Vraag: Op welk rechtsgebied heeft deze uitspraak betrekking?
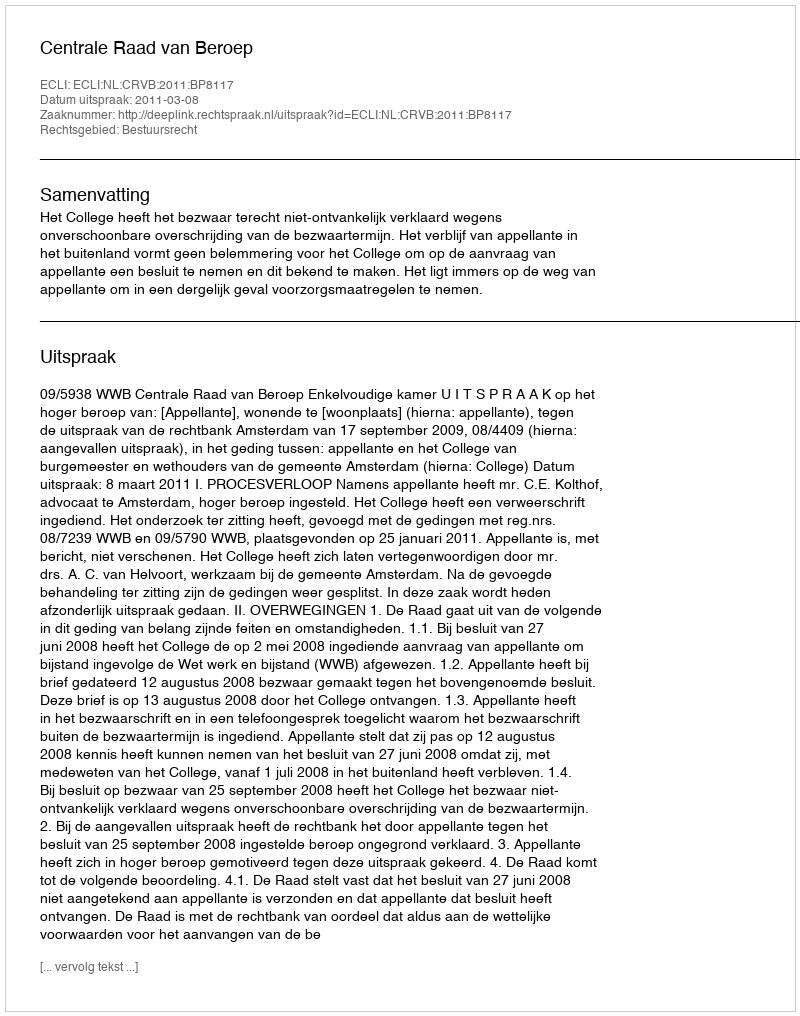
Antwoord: Bestuursrecht